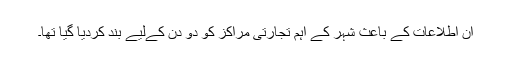
ان اطلاعات کے باعث شہر کے اہم تجارتی مراکز کو دو دن کےلیے بند کردیا گیا تھا۔